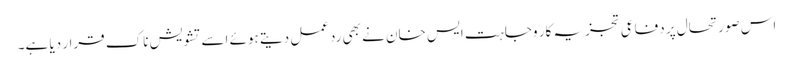
اس صورتحال پر دفاعی تجزیہ کار وجاہت ایس خان نے بھی ردعمل دیتے ہوئے اسے تشویش ناک قرار دیا ہے۔